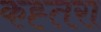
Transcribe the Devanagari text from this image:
कह्तरा